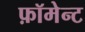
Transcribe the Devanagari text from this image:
फ़ॉमेन्ट